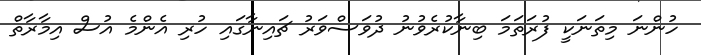
ހުންނަ މިތަނަކީ ފުރަތަމަ ބިނާކުރެވުނު ދުވަސްވަރު ޗައިނާގައި ހުރި އެންމެ އުސް އިމާރާތް